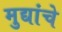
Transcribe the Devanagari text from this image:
मुद्यांचे